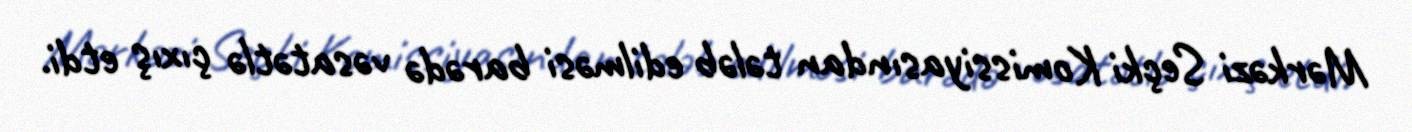
Mərkəzi Seçki Komissiyasından tələb edilməsi barədə vəsatətlə çıxış etdi.